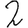
Digit: 2